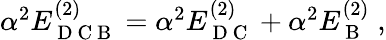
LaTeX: \begin{array}{r}{\alpha^{2}E_{\mathrm{~D~C~B~}}^{(2)}=\alpha^{2}E_{\mathrm{~D~C~}}^{(2)}+\alpha^{2}E_{\mathrm{~B~}}^{(2)}\; ,}\end{array}